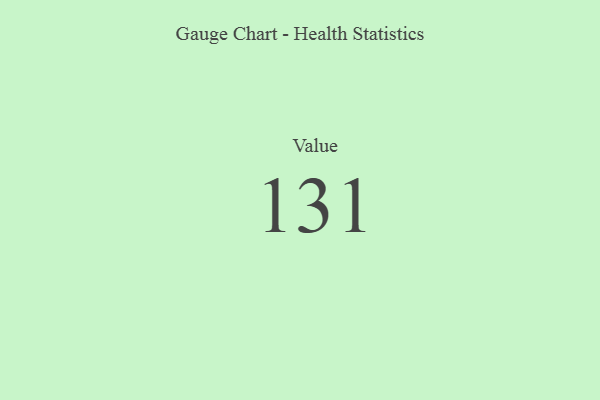
{"axis": {"x": "Metric", "y": "Value"}, "legend": [""], "data": [{"x": "Value", "y": 131, "type": ""}]}